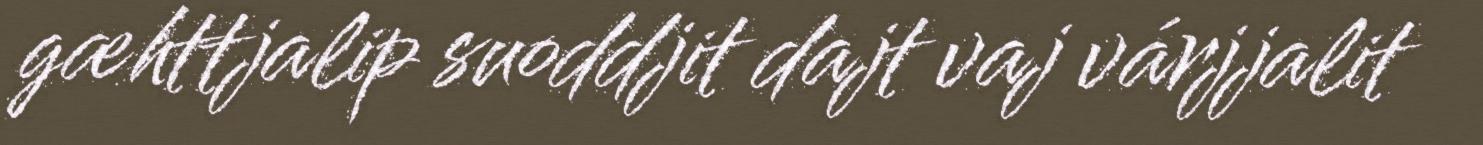
gæhttjalip suoddjit dajt vaj várjjalit